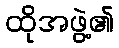
ထိုအဖွဲ့၏